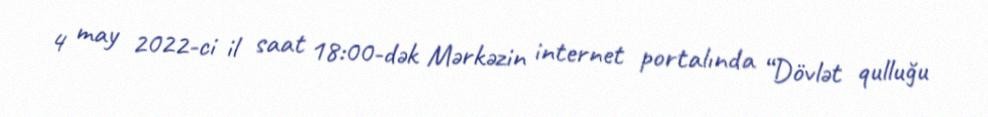
4 may 2022-ci il saat 18:00-dək Mərkəzin internet portalında “Dövlət qulluğu